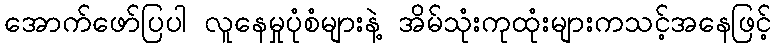
အောက်ဖော်ပြပါ လူနေမှုပုံစံများနဲ့ အိမ်သုံးကုထုံးများကသင့်အနေဖြင့်